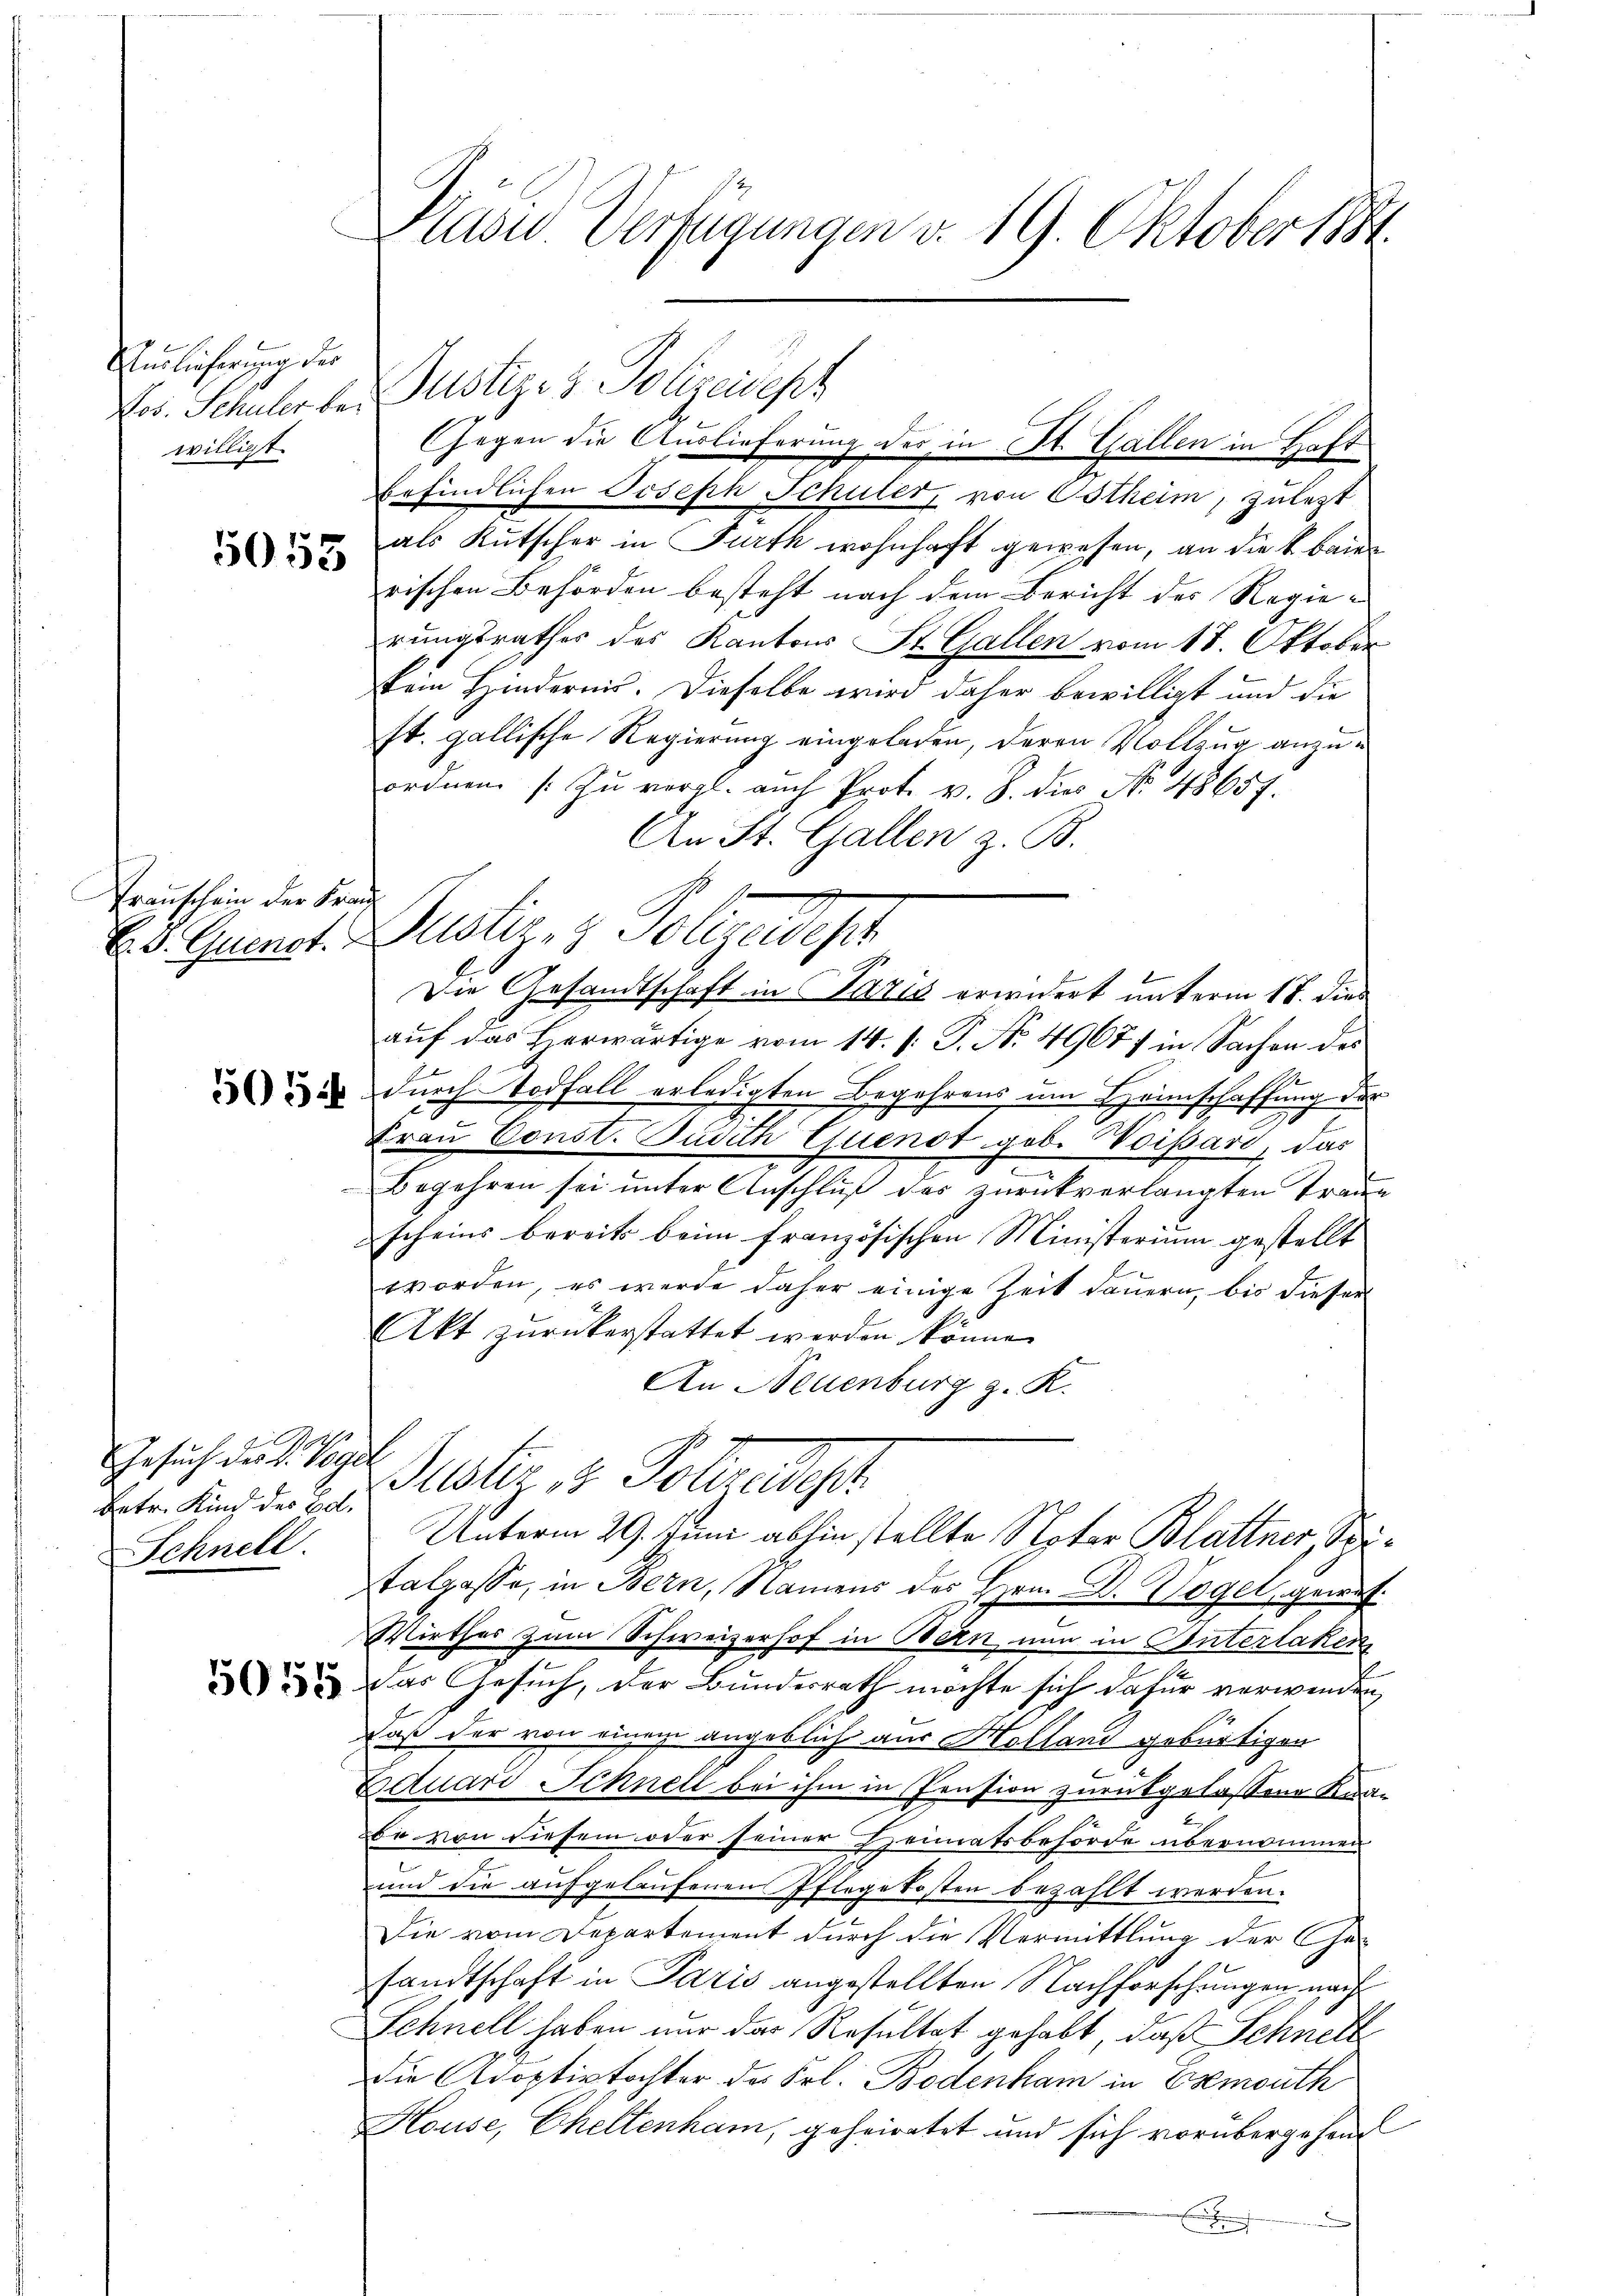
Auslieferung des
willigt.

5053

Franschein der Frau

5054

Gesŭch der L. Vogel
Betr. Kind des Col.
Schnell.

Kasu Verfügungen v. 19. Oktober 1881.

Vos. Schuler de Justiz- & Polizeisept
Gegen die Auslieferung der in St. Gallen in Haft
befindlichen Joseph Schuler, von Estheim, zulezt
als Kutscher in Furth wohnhaft gewesen, an die k. baie
rischen Behörden besteht nach dem Bericht der Regierungsrathes des Kantons St. Gallen vom 18. Oktober
em Hindernis. Dieselbe wird daher bewilligt und die
st. gallische Regierung eingeladen, deren Vollzug anzuordnen zŭ vergl. auch Prot. v. 8. dies No 4865 f.
An St. Gallen z. B.
Es. Quenst. Justiz- & Polizeidest
Die Gesandtschaft in Pazić erwidert unterm 17. dies
auf das Herwärtige vom 14. /: P. No. 4967) in Sachen des
h
durch Todfall erledigten Begehrens um Heimschaffung der
Frau Const. Judith Exuenst geb. Woisard, das
Begehren sei ŭnter Anschluß des zurückverlangten Traue
scheins bereits beim französischen Ministerium gestellt
worden, es werde daher einige Zeit dauern, bis dieser
Akt zŭrückerstattet werden könne.
An Neuenburg z. R.
Justiz & Polende
Unterm 29. Juni abhin stellte Noter Blattner, Spitalgasse, in Bern, Namens des Hrn. D. Vogel, gewes
Wirther zum Schweizerhof in Bern nun in Unterlaken
 das Gesuch, der Bundesrath möchte sich dafür verwenden,
daß der von einen angeblich aus Holland gebürtigen
Aquari Schnell bei ihm in Pension zurückgelassene Knabe von diesem oder seiner Heimatsbehörde übernommen
und die aufgelaufenen Pflegekosten bezahlt werden.
Die vom Departement durch die Vermittlung der Ge-
sandtschaft in Paris angestellten Nachforschungen nach
Schnell haben nur das Resultat gehabt, daß Schnell
die Adoptivtochter des Frl. Bodenham in Esemouth
House, Cheltenham, geheiratet und sich vorübergehen
E